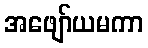
အဖျော်ယမကာ